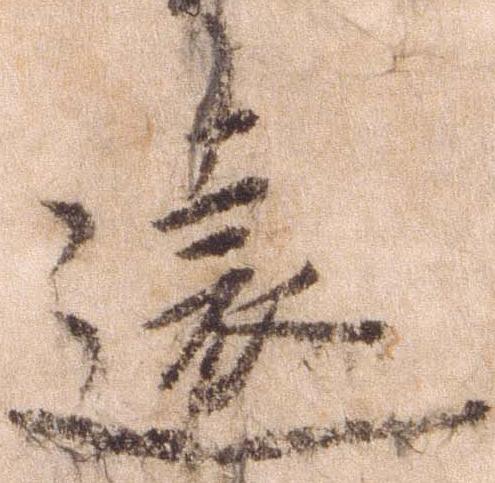
遠